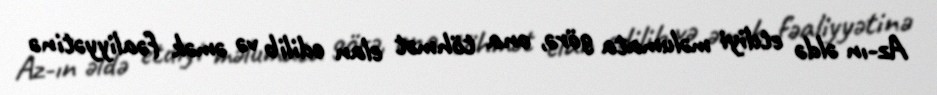
Az-ın əldə etdiyi məlumata görə, ona töhmət elan edilib və əmək fəaliyyətinə